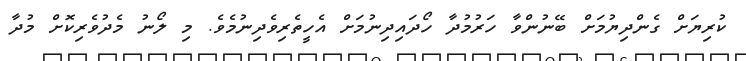
ކުރިޔަށް ގެންދިޔުމަށް ބޭނުންވާ ހަރުމުދާ ހޯދައިދިނުމަށް އެހީތެރިވެދިނުމެވެ. މި ލޯނު މެދުވެރިކޮށް މުދާ